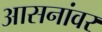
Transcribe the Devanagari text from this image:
आसनांवर